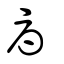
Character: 辱